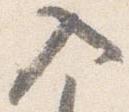
入